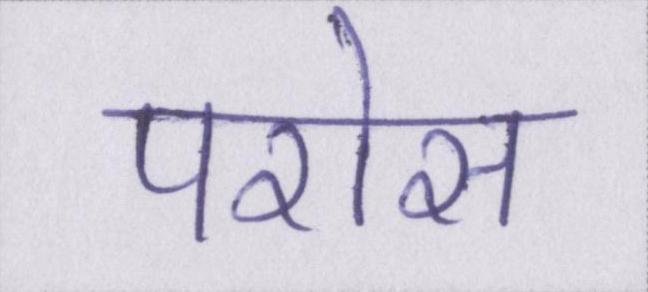
परोस